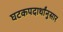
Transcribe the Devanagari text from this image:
घटकपदार्थांनुसार